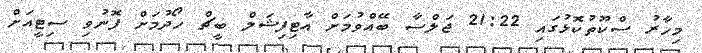
މިހާރު ސްކޫތުކޮޅުގައި 21:22 ޖަލްސާ ބޭއްވުމަށް އާޓިފިޝަލް ބީޗް ހޯދުމަށް ފޮނުވި ސިޓީއަށް